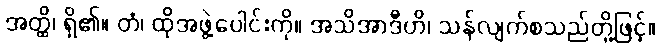
အတ္ထိ၊ ရှိ၏။ တံ၊ ထိုအဖွဲ့ပေါင်းကို။ အသိအာဒီဟိ၊ သန်လျက်စသည်တို့ဖြင့်။